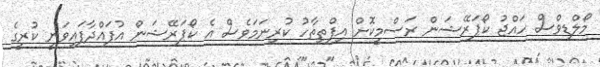
މޯލްޑިވްސް ހައްޖު ކޯޕަރޭޝަން ރަސްމީކޮށް އިފްތިތާހު ކުރިނަމަވެސް އެ ކޯޕަރޭޝަން އުފައްދާފައިވަނީ ކުރީގެ